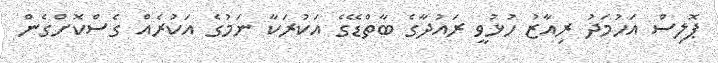
ޕޮލިސް އަހުމަދު ރިއާޒު ހުޅުވީ ރައުދާގެ ބާތްޑޭގެ އަކުރަކާ ނަމުގެ އަކުރެއް ގެސްކޮށްގެން